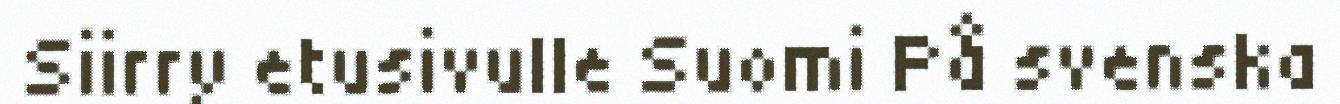
Siirry etusivulle Suomi På svenska